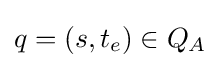
q=(s,t_{e})\in Q_{A}